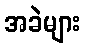
အခဲများ